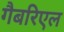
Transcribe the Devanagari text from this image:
गैबरिएल